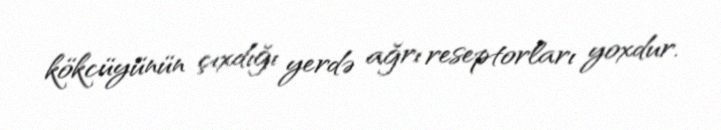
kökcüyünün çıxdığı yerdə ağrı reseptorları yoxdur.